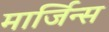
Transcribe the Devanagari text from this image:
मार्जिन्स